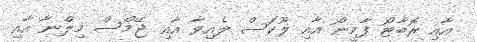
އާއި ރޮބާޓޯ ފާމީނޯ އާއި ލޫކަސް ލެއިވާ އާއި ޖޭމްސް މިލްނާ އާއި